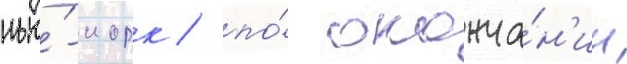
нью́-иорк / по́ оконча́н'ии